Scientific memoirs by medical officers of the Army of India - Part I,
Year: 1884
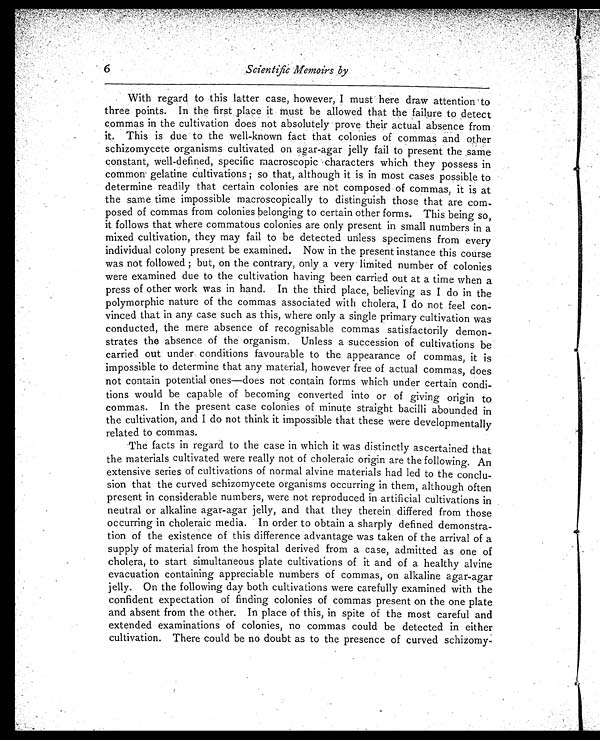
6
Scientific Memoirs by
With regard to this latter case, however, I must here draw attention to
three points. In the first place it must be allowed that the failure to detect
commas in the cultivation does not absolutely prove their actual absence from
it . This is due to the well-known fact that colonies of commas and other
schizomycete organisms cultivated on agar-agar jelly fail to present the same
constant, well-defined, specific macroscopic characters which they possess in
common gelatine cultivations; so that, although it is in most cases possible to
determine readily that certain colonies are not composed of commas, it is at
the same time impossible macroscopically to distinguish those that are com-
posed of commas from colonies belonging to certain other forms. This being so,
it follows that where commatous colonies are only present in small numbers in a
mixed cultivation, they may fail to be detected unless specimens from every
individual colony present be examined. Now in the present instance this course
was not followed; but, on the contrary, only a very limited number of colonies
were examined due to the cultivation having been carried out at a time when a
press of other work was in hand. In the third place, believing as I do in the
polymorphic nature of the commas associated with cholera, I do not feel con
-vinced that in any case such as this, where only a single primary cultivation was
conducted, the mere absence of recognisable commas satisfactorily demon
-strates the absence of the organism. Unless a succession of cultivations be
carried out under conditions favourable to the appearance of commas, it is
impossible to determine that any material, however free of actual commas, does
not contain potential ones—does not contain forms which under certain condi--
tions would be capable of becoming converted into or of giving origin to
commas. In the present case colonies of minute straight bacilli abounded in
the cultivation, and I do not think it impossible that these were developmentally
related to commas.
The facts in regard to the case in which it was distinctly ascertained that
the materials cultivated were really not of choleraic origin are the following. An
extensive series of cultivations of normal alvine materials had led to the conclu
- s i o n t h a t t h e c u r v e d s c h i z o m y c e t e o r g a n i s m s o c c u r r i n g i n t h e m , a l t h o u g h o f t e n
present in considerable numbers, were not reproduced in artificial cultivations in
neutral or alkaline agar-agar jelly, and that they therein differed from those
occurring in choleraic media. In order to obtain a sharply defined demonstra--
tion of the existence of this difference advantage was taken of the arrival of a
supply of material from the hospital derived from a case, admitted as one of
cholera, to start simultaneous plate cultivations of it and of a healthy alvine
evacuation containing appreciable numbers of commas, on alkaline agar-agar
jelly. On the following day both cultivations were carefully examined with the
confident expectation of finding colonies of commas present on the one plate.
and absent from the other. In place of this, in spite of the most careful and
extended examinations of colonies, no commas could be detected in either
cultivation. There could be no doubt as to the presence of curved schizomy-